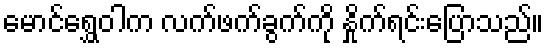
မောင်ရွှေဝါက လက်ဖက်ခွက်ကို နှိုက်ရင်းပြောသည်။